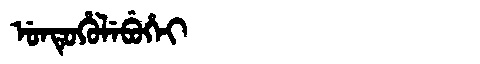
Manchu: ᡠᠨᡨᡠᡥᡠᠯᡝᠪᡠᡥᡝᡳ
Romanization: UNTUHULEBUHEI